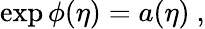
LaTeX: \exp{\phi(\eta)}=a(\eta)\ ,